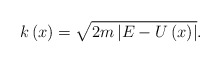
\begin{align*}k\left( x\right) =\sqrt{2m\left| E-U\left( x\right) \right| }.\end{align*}